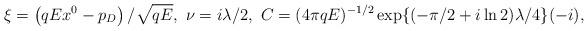
LaTeX: \begin{align*}\xi =\left( qEx^{0}-p_{D}\right) /\sqrt{qE},\smallskip \ \nu =i\lambda/2,\smallskip \ C=(4\pi qE)^{-1/2}\exp \{(-\pi /2+i\ln 2)\lambda /4\}(-i),\end{align*}